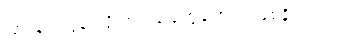
ပြားချပ်လွန်းလို့ အရည်တွေတောင် ဖြစ်နိုင်တယ်။